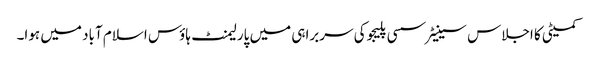
کمیٹی کا اجلاس سینیٹر سسی پلیجو کی سربراہی میں پارلیمنٹ ہاؤس اسلام آباد میں ہوا۔